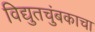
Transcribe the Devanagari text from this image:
विद्युतचुंबकाचा